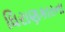
ધિરાણકારના